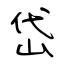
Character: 岱